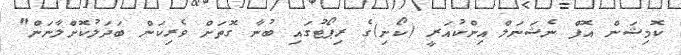
ކޮމިޝަން އޮފް ނެޝަނަލް އިންކުއަރީ (ކޯނި)ގެ ރިޕޯޓުގައި ބުނާ ގޮތަށް ވެރިކަން ބަދަލުކޮށްލާނަން"